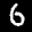
Label: 6